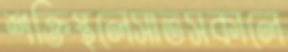
শক্তিস্থলেসাতসকালে